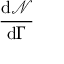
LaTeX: \frac { \mathrm { d } { \mathcal { N } } } { \mathrm { d } \Gamma }